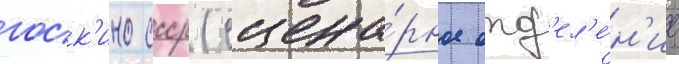
госк'ино ссср (сцена́рное отд'ел'е́н'ие